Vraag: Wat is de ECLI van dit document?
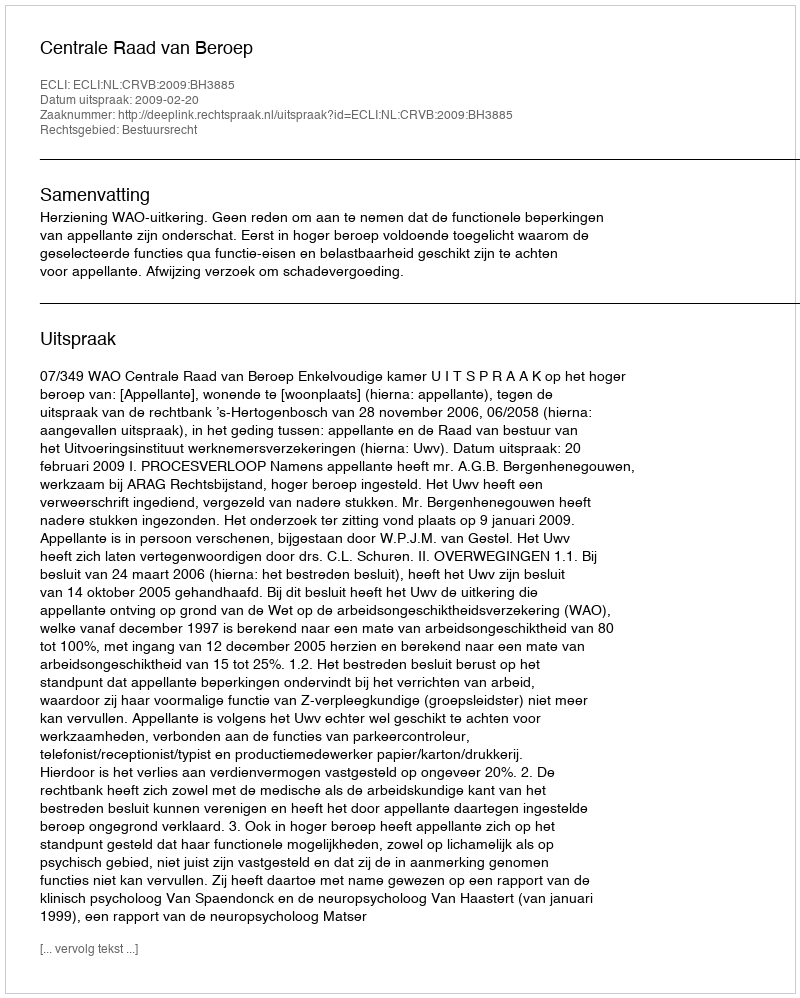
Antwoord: ECLI:NL:CRVB:2009:BH3885